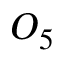
O _ { 5 }